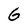
Character: 6